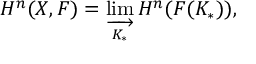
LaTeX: H ^ { n } ( X , F ) = \varinjlim _ { K _ { * } } H ^ { n } ( F ( K _ { * } ) ) ,